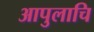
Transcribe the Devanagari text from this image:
आपुलाचि